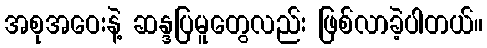
အစုအဝေးနဲ့ ဆန္ဒပြမူတွေလည်း ဖြစ်လာခဲ့ပါတယ်။